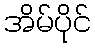
အိမ်ပိုင်